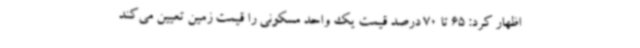
اظهار کرد: 65 تا 70 درصد قیمت یک واحد مسکونی را قیمت زمین تعیین می‌کند